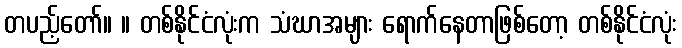
တပည့်တော်။ ။ တစ်နိုင်ငံလုံးက သံဃာအများ ရောက်နေတာဖြစ်တော့ တစ်နိုင်ငံလုံး